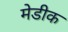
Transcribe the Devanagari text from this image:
मेडीक